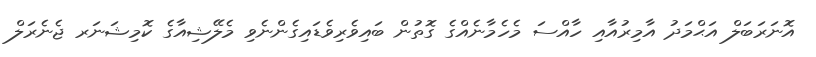
އޮނަރަބަލް އަޙްމަދު އާމިރުއާއި ހާއްސަ މެހެމާނެއްގެ ގޮތުން ބައިވެރިވެޑައިގެންނެވި މެލޭޝިއާގެ ކޮމިޝަނަރ ޖެނެރަލް